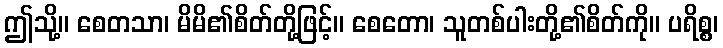
ဤသို့။ စေတသာ၊ မိမိ၏စိတ်တို့ဖြင့်။ စေတော၊ သူတစ်ပါးတို့၏စိတ်ကို။ ပရိစ္စ၊